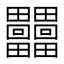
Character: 𤴐